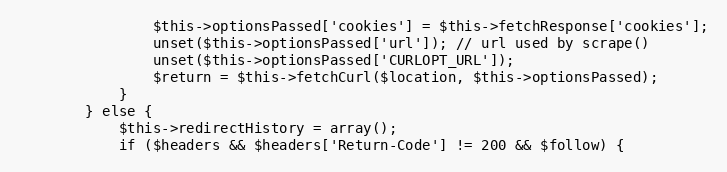
Language: PHP
                $this->optionsPassed['cookies'] = $this->fetchResponse['cookies'];
                unset($this->optionsPassed['url']); // url used by scrape()
                unset($this->optionsPassed['CURLOPT_URL']);
                $return = $this->fetchCurl($location, $this->optionsPassed);
            }
        } else {
            $this->redirectHistory = array();
            if ($headers && $headers['Return-Code'] != 200 && $follow) {